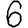
Digit: 6